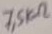
Text: 7,5KΩ